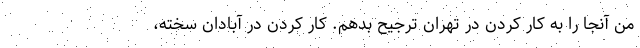
من آنجا را به کار کردن در تهران ترجیح بدهم. کار کردن در آبادان سخته،